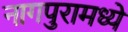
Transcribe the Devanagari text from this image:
नागपुरामध्ये